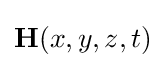
\mathbf {H} (x,y,z,t)